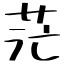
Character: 茫